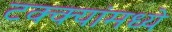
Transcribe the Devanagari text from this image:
टक्‍क्‍यांमध्ये